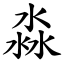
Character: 淼